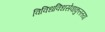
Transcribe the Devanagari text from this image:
विविधविधसेवाकुलतया